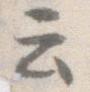
云